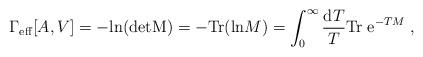
LaTeX: \begin{align*}\Gamma_{\rm eff}[A,V]=-{\rm ln}({\rm det M})=-{\rm Tr}({\rm ln} M)=\int_0^\infty{{\rm d}T\over T}{\rm Tr}\;{\rm e}^{-T M}\;,\end{align*}